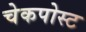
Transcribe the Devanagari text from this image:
चेकपोस्‍ट